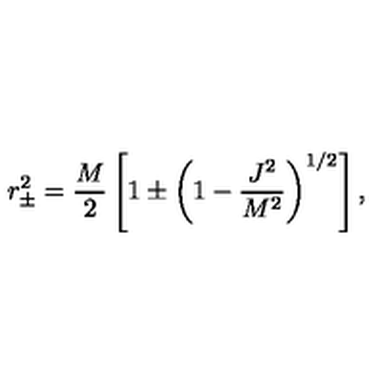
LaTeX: r _ { \pm } ^ { 2 } = { \frac { M } { 2 } } \left[ 1 \pm \left( 1 - { \frac { J ^ { 2 } } { M ^ { 2 } } } \right) ^ { 1 / 2 } \right] ,